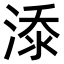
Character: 𣷹